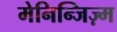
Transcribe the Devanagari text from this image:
मेनिन्जिज़्म